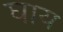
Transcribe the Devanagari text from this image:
घाय